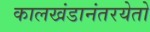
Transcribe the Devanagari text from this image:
कालखंडानंतरयेतो